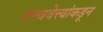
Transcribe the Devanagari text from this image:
तत्त्ववेत्त्यांकडून